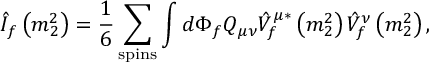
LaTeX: \hat { I } _ { f } \left( m _ { 2 } ^ { 2 } \right) = \frac { 1 } { 6 } \sum _ { \mathrm { s p i n s } } \int d \Phi _ { f } Q _ { \mu \nu } \hat { V } _ { f } ^ { \mu * } \left( m _ { 2 } ^ { 2 } \right) \hat { V } _ { f } ^ { \nu } \left( m _ { 2 } ^ { 2 } \right) ,